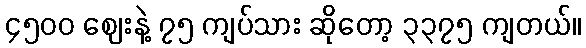
၄၅၀၀ ဈေးနဲ့ ၇၅ ကျပ်သား ဆိုတော့ ၃၃၇၅ ကျတယ်။